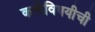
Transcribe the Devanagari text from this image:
कलेविषयीची